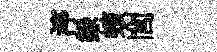
渟錄蠙閭